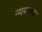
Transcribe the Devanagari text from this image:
न्ययलय